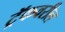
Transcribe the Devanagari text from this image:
ट्रॅकवरील